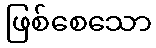
ဖြစ်စေသော